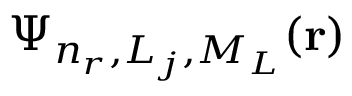
\Psi _ { n _ { r } , L _ { j } , M _ { L } } ( \mathbf { r } )